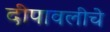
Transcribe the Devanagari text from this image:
दीपावलीचे